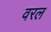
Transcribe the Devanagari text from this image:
वरल